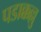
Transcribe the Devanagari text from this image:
पडाक्कल्लु